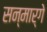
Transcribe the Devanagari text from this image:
सन्मार्गे